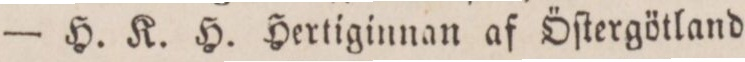
— H. K. H. Hertiginnan af Öſtergötland